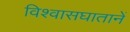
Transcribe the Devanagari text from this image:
विश्वासघातानें